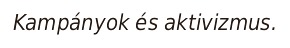
Kampányok és aktivizmus.